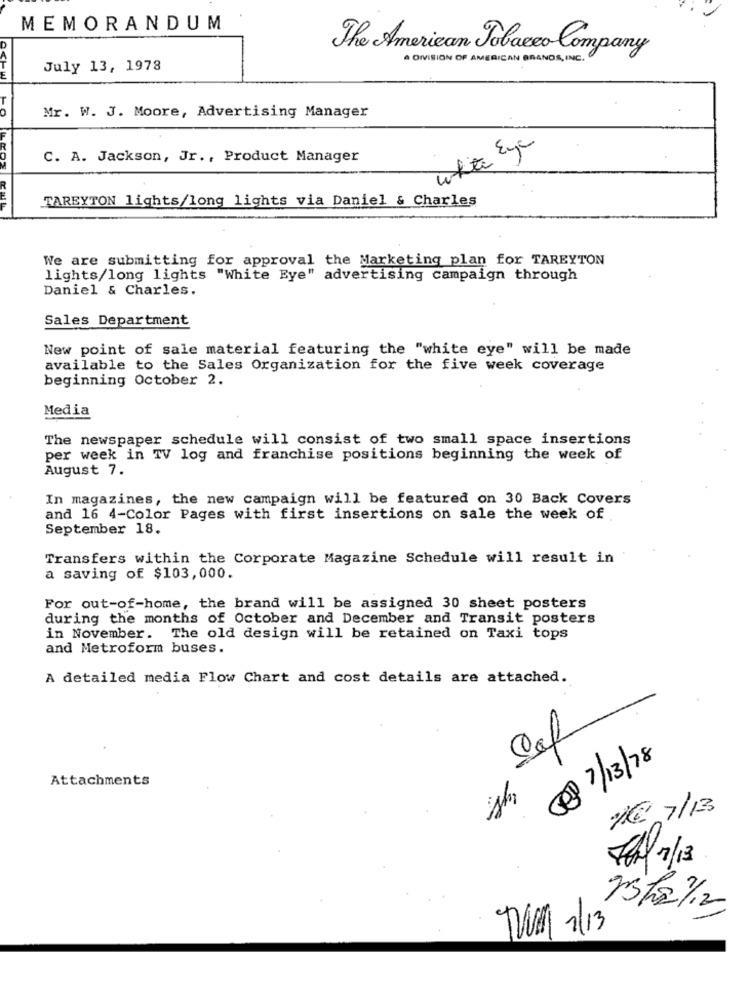
MEMORANDUM
The American Tobacco Company
A DIVISION OF AMERICAN BRANDS , INC .
July 13, 1978
E
Mr. W. J. Moore, Advertising Manager
white Eye
C. A. Jackson, Jr ., Product Manager
TAREYTON lights/long lights via Daniel & Charles
We are submitting for approval the Marketing plan for TAREYTON
lights/long lights "White Eye" advertising campaign through
Daniel & Charles.
Sales Department
New point of sale material featuring the "white eye" will be made
available to the Sales Organization for the five week coverage
beginning October 2.
Media
The newspaper schedule will consist of two small space insertions
per week in TV log and franchise positions beginning the week of
August 7.
In magazines, the new campaign will be featured on 30 Back Covers
and 16 4-Color Pages with first insertions on sale the week of
September 18.
Transfers within the Corporate Magazine Schedule will result in
a saving of $103,000.
For out-of-home, the brand will be assigned 30 sheet posters
during the months of October and December and Transit posters
in November. The old design will be retained on Taxi tops
and Metroform buses.
A detailed media Flow Chart and cost details are attached.
(27/13/78
1
Attachments
se
1€ 7/13
76h/ 1/13
25 /2 1/12
TWO 1/13